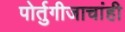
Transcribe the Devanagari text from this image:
पोर्तुगीजाचांही